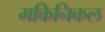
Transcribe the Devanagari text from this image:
मकिनिकल